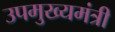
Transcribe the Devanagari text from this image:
उपमुख्‍यमंत्री